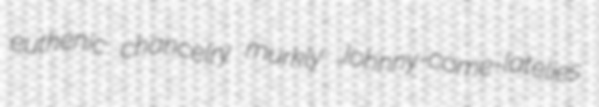
euthenic chancelry murkly Johnny-come-latelies